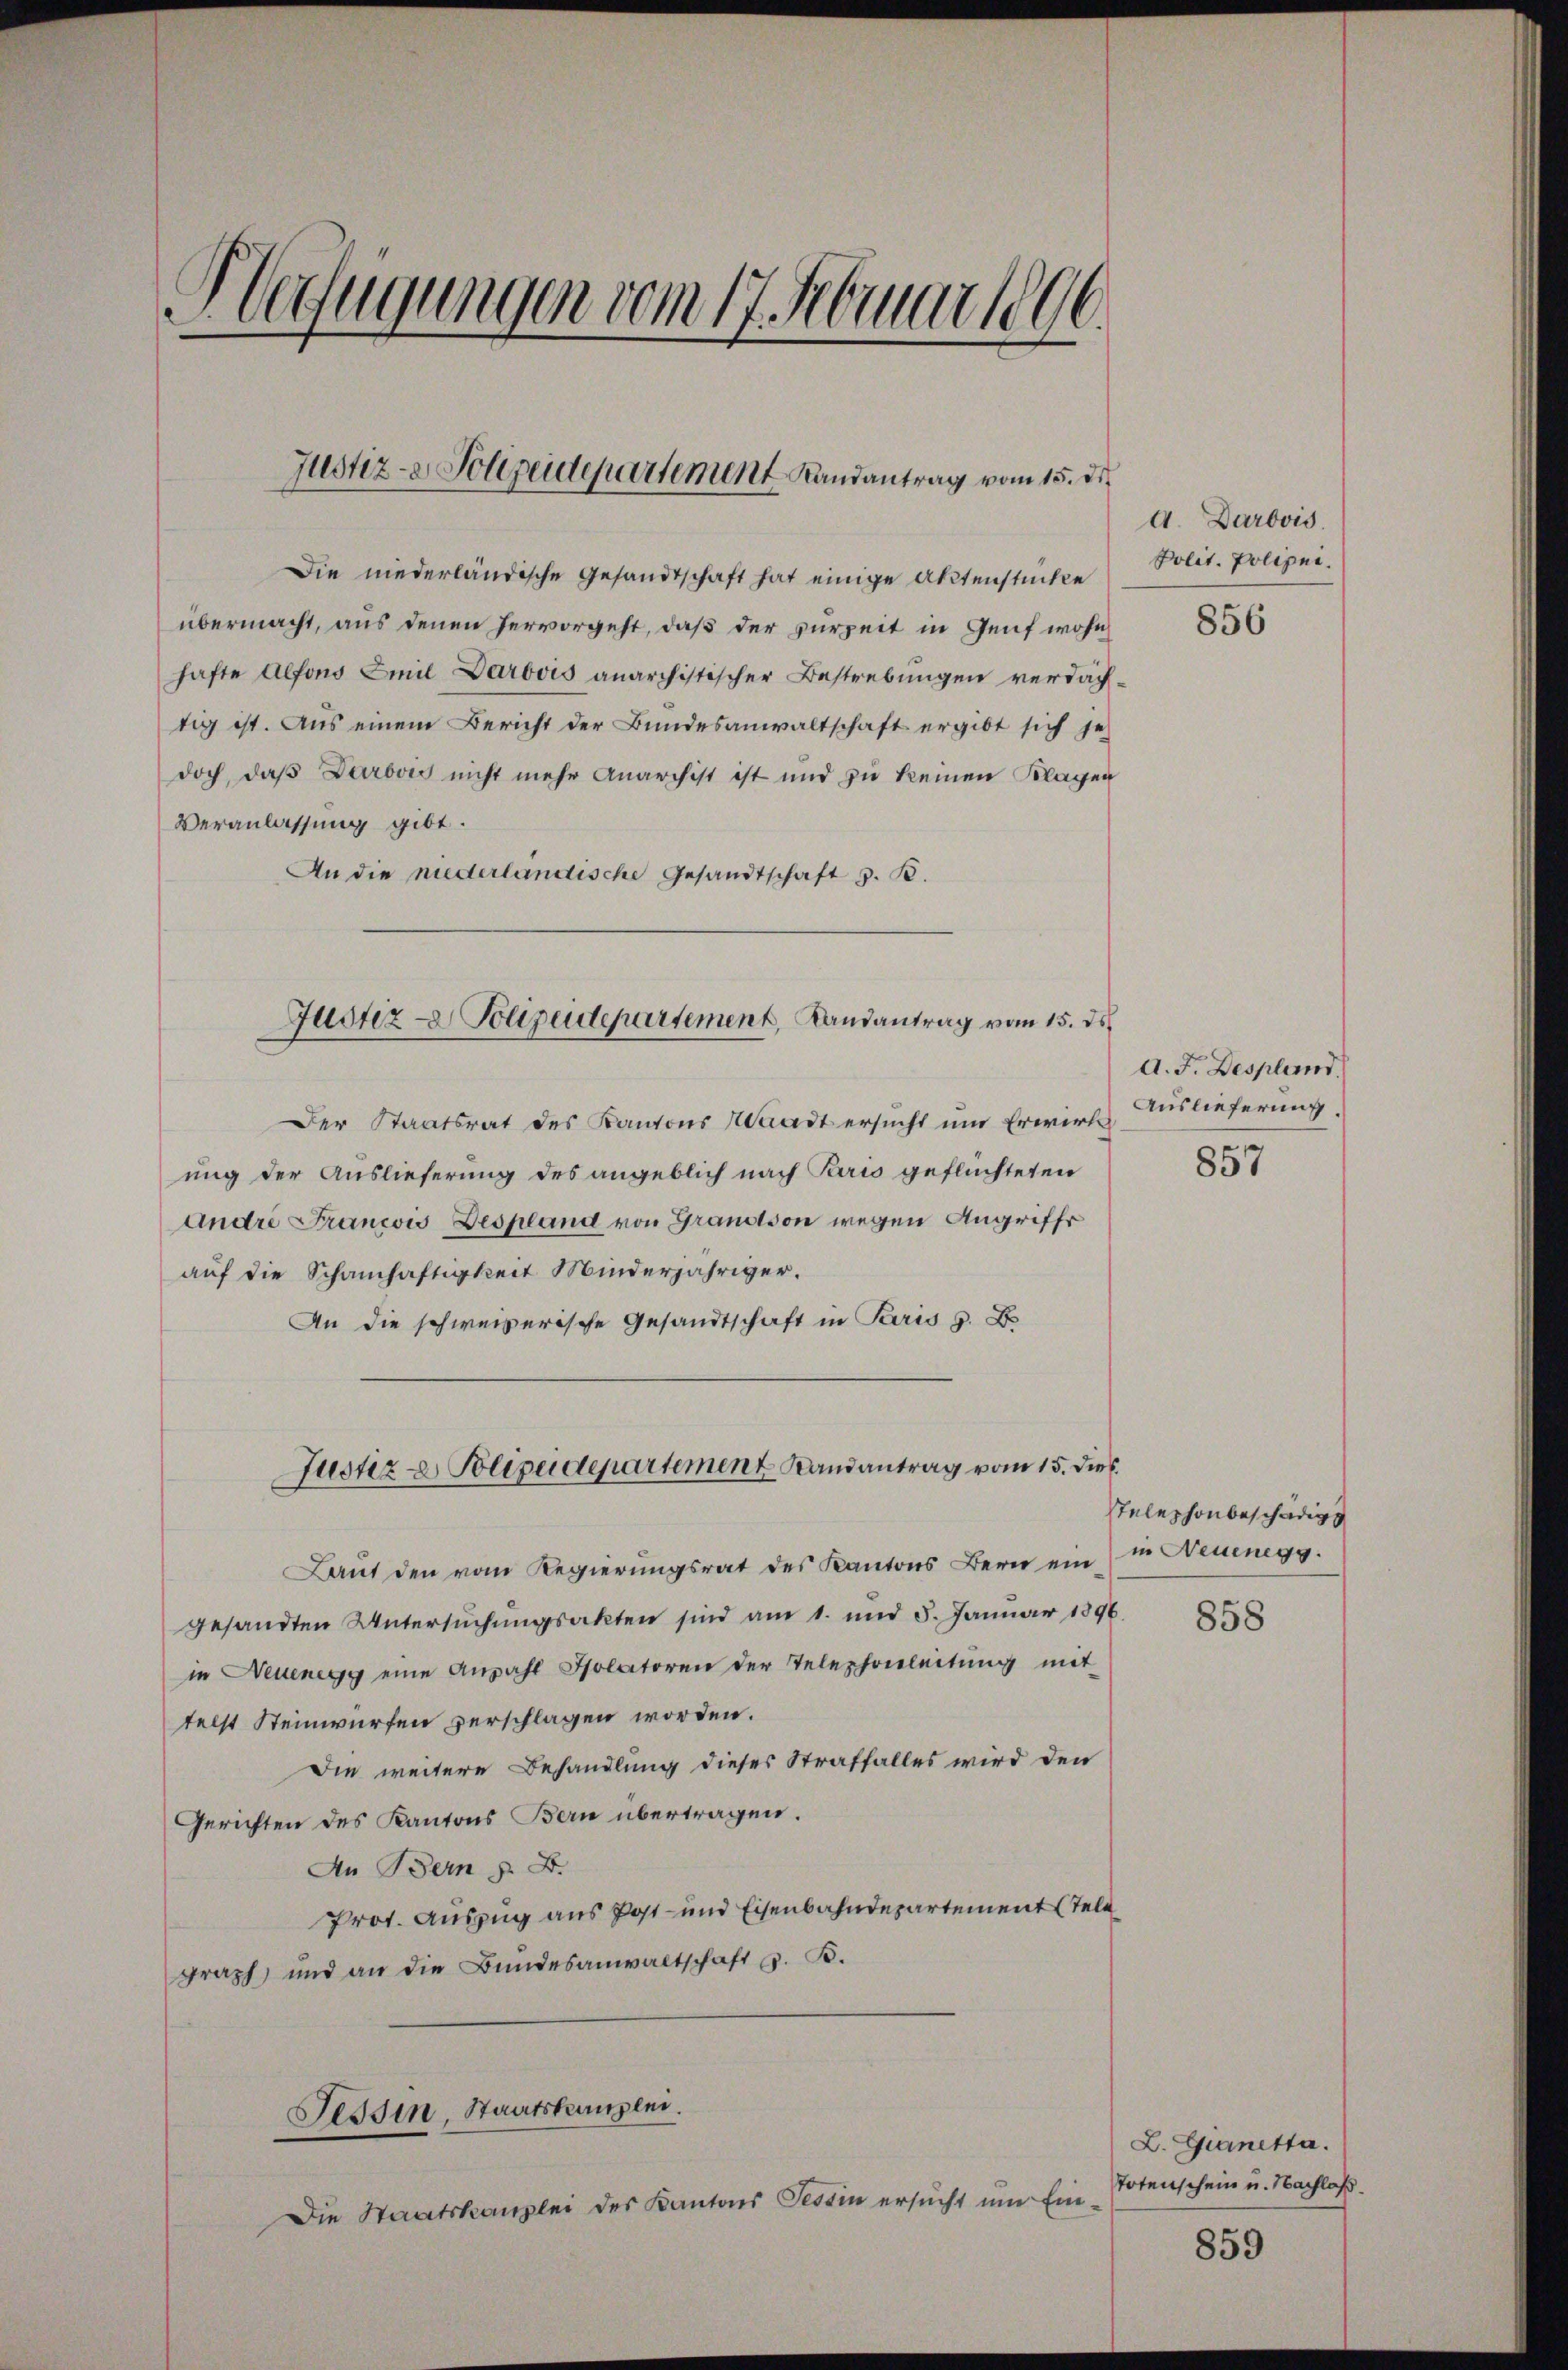
HVerfügungen vom 17. Februar 1896.

Justiz- & Polizeidepartement Landantrag vom 15. de

Die niederländische Gesandtschaft hat einige Aktenstücken
übermacht, aus denen hervorgeht, daß der verzeit in Genf wohn
hafte Alfons Emil Darbois anarchistischer Bestrebungen verdächtig ist. Aus einem Bericht der Bundesanwaltschaft ergibt sich je
doch, daß Darbows nicht mehr Anarchist ist und zu keinen Klagen
Veranlassung gibt.
An die niederlandische Gesandtschaft z. B.

Justiz- Polizeidepartement, Landantrag vom 15. ds.

Justiz- & Polizeidepartement Landantrag vom 15. dies

Der Staatsrat des Kantons Waadt ersucht um Erwirk
ung der Auslieferung des angeblich nach Paris geflüchteten
Andre Francois Despland von Grandson wegen Angriffe
auf die Schamhaftigkeit Minderjähriger.
An die schweizerische Gesandtschaft in Paris z. B.
Laut den vom Regierungsrat des Kantons Bern ein in Neuenegg
gesandten Untersŭchŭngsakten sind am 1. und 5. Januar 1896.
in Neuenegg eine Anzahl Isolatoren der Telephonleitung mit
telst Steinwürfen verschlagen worden.
Die weitere Behandlung dieses Straffalles wird den
Gerichten des Kantons Bern übertragen.
An Bern z. B.
Prot. Auszug aus Post- und Eisenbahndepartement tele
graph, und an die Bŭndesanwaltschaft G. B.
Tessin, Staatskanzlei.
Die Staatskanzlei des Kantons Tessin ersucht um Ein¬

d. Darovis
Polit. Polizei.

856

A. F. Despland.
Auslieferung.

857

stelephonbeschädig

858

L. Gianetta.
Totenschein u. Nachlaß.

859